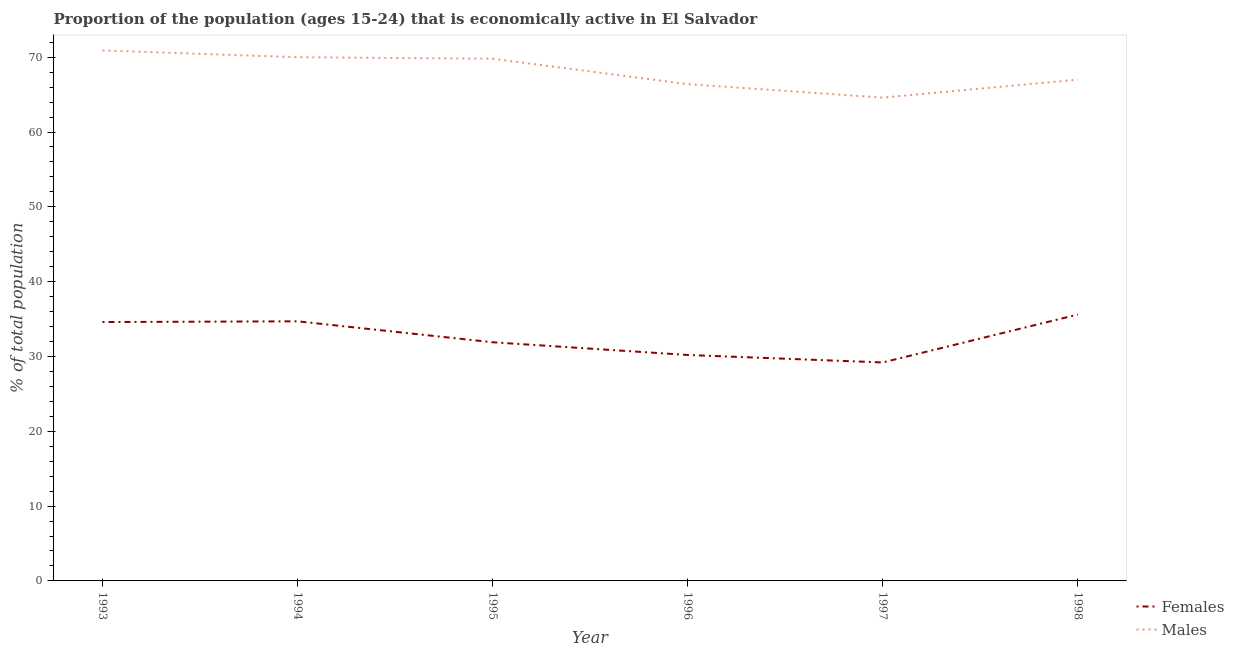
| Year | Females | Males |
 | --- | --- | --- |
 | 1993 | 34.6 | 70.9 |
 | 1994 | 34.7 | 70 |
 | 1995 | 31.9 | 69.8 |
 | 1996 | 30.2 | 66.4 |
 | 1997 | 29.2 | 64.6 |
 | 1998 | 35.6 | 67 |